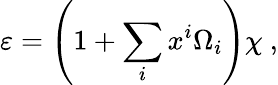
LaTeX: \varepsilon=\left(1+\sum_{i}x^{i}\Omega_{i}\right)\chi~,